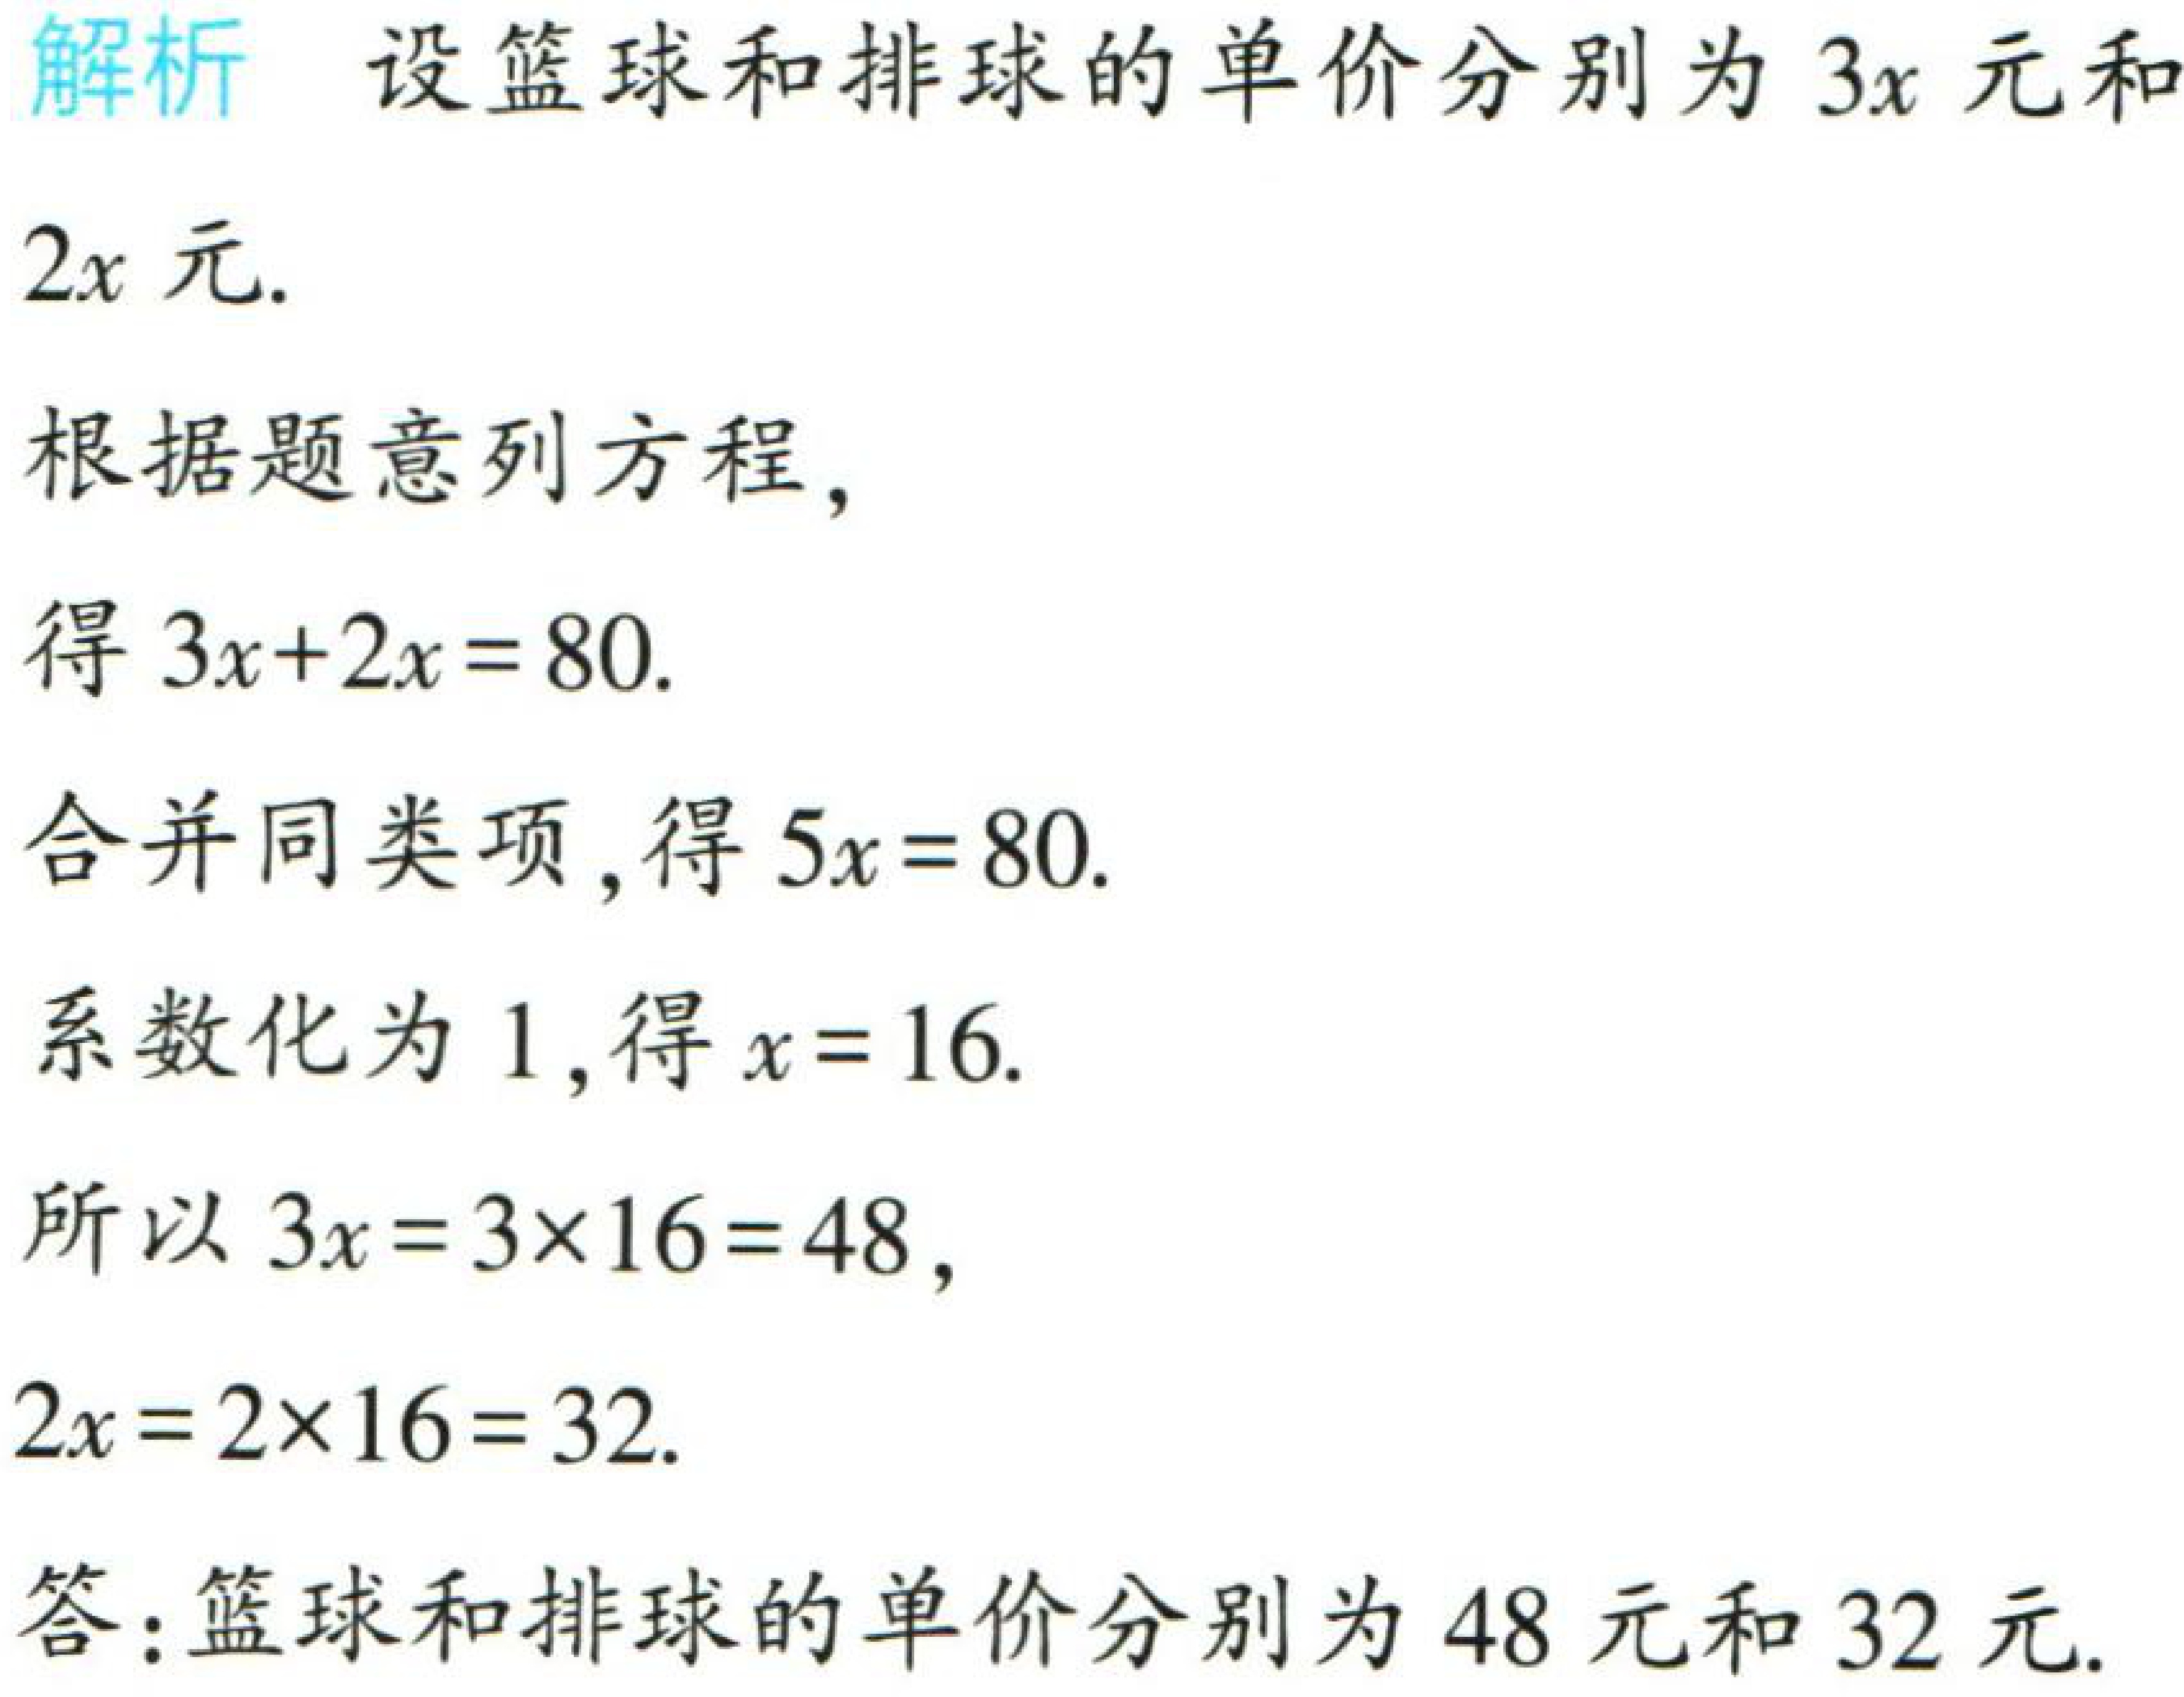
解析 设篮球和排球的单价分别为\(3x\)元和\(2x\)元.

根据题意列方程，

得\(3x + 2x = 80\).

合并同类项，得\(5x = 80\).

系数化为\(1\)，得\(x = 16\).

所以\(3x = 3\times16 = 48\)，

\(2x = 2\times16 = 32\).

答：篮球和排球的单价分别为\(48\)元和\(32\)元.